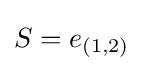
S=e_{(1,2)}